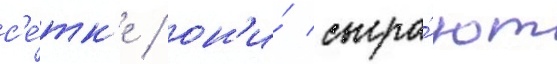
с'е́тк'е / он'и́ сыгра́ют